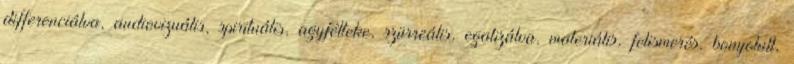
differenciálva, audiovizuális, spirituális, agyfélteke, szürreális, egalizálva, materiális, felismerés, bonyolult,